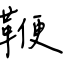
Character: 鞭